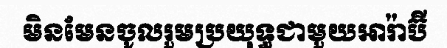
មិនមែនចូលរួមប្រយុទ្ធជាមួយអារ៉ាប៊ី